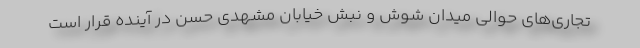
تجاري‌هاي حوالي ميدان شوش و نبش خيابان مشهدي حسن در آينده قرار است